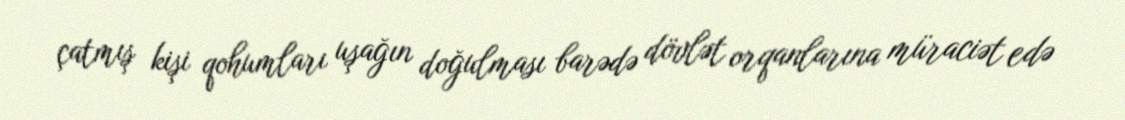
çatmış kişi qohumları uşağın doğulması barədə dövlət orqanlarına müraciət edə